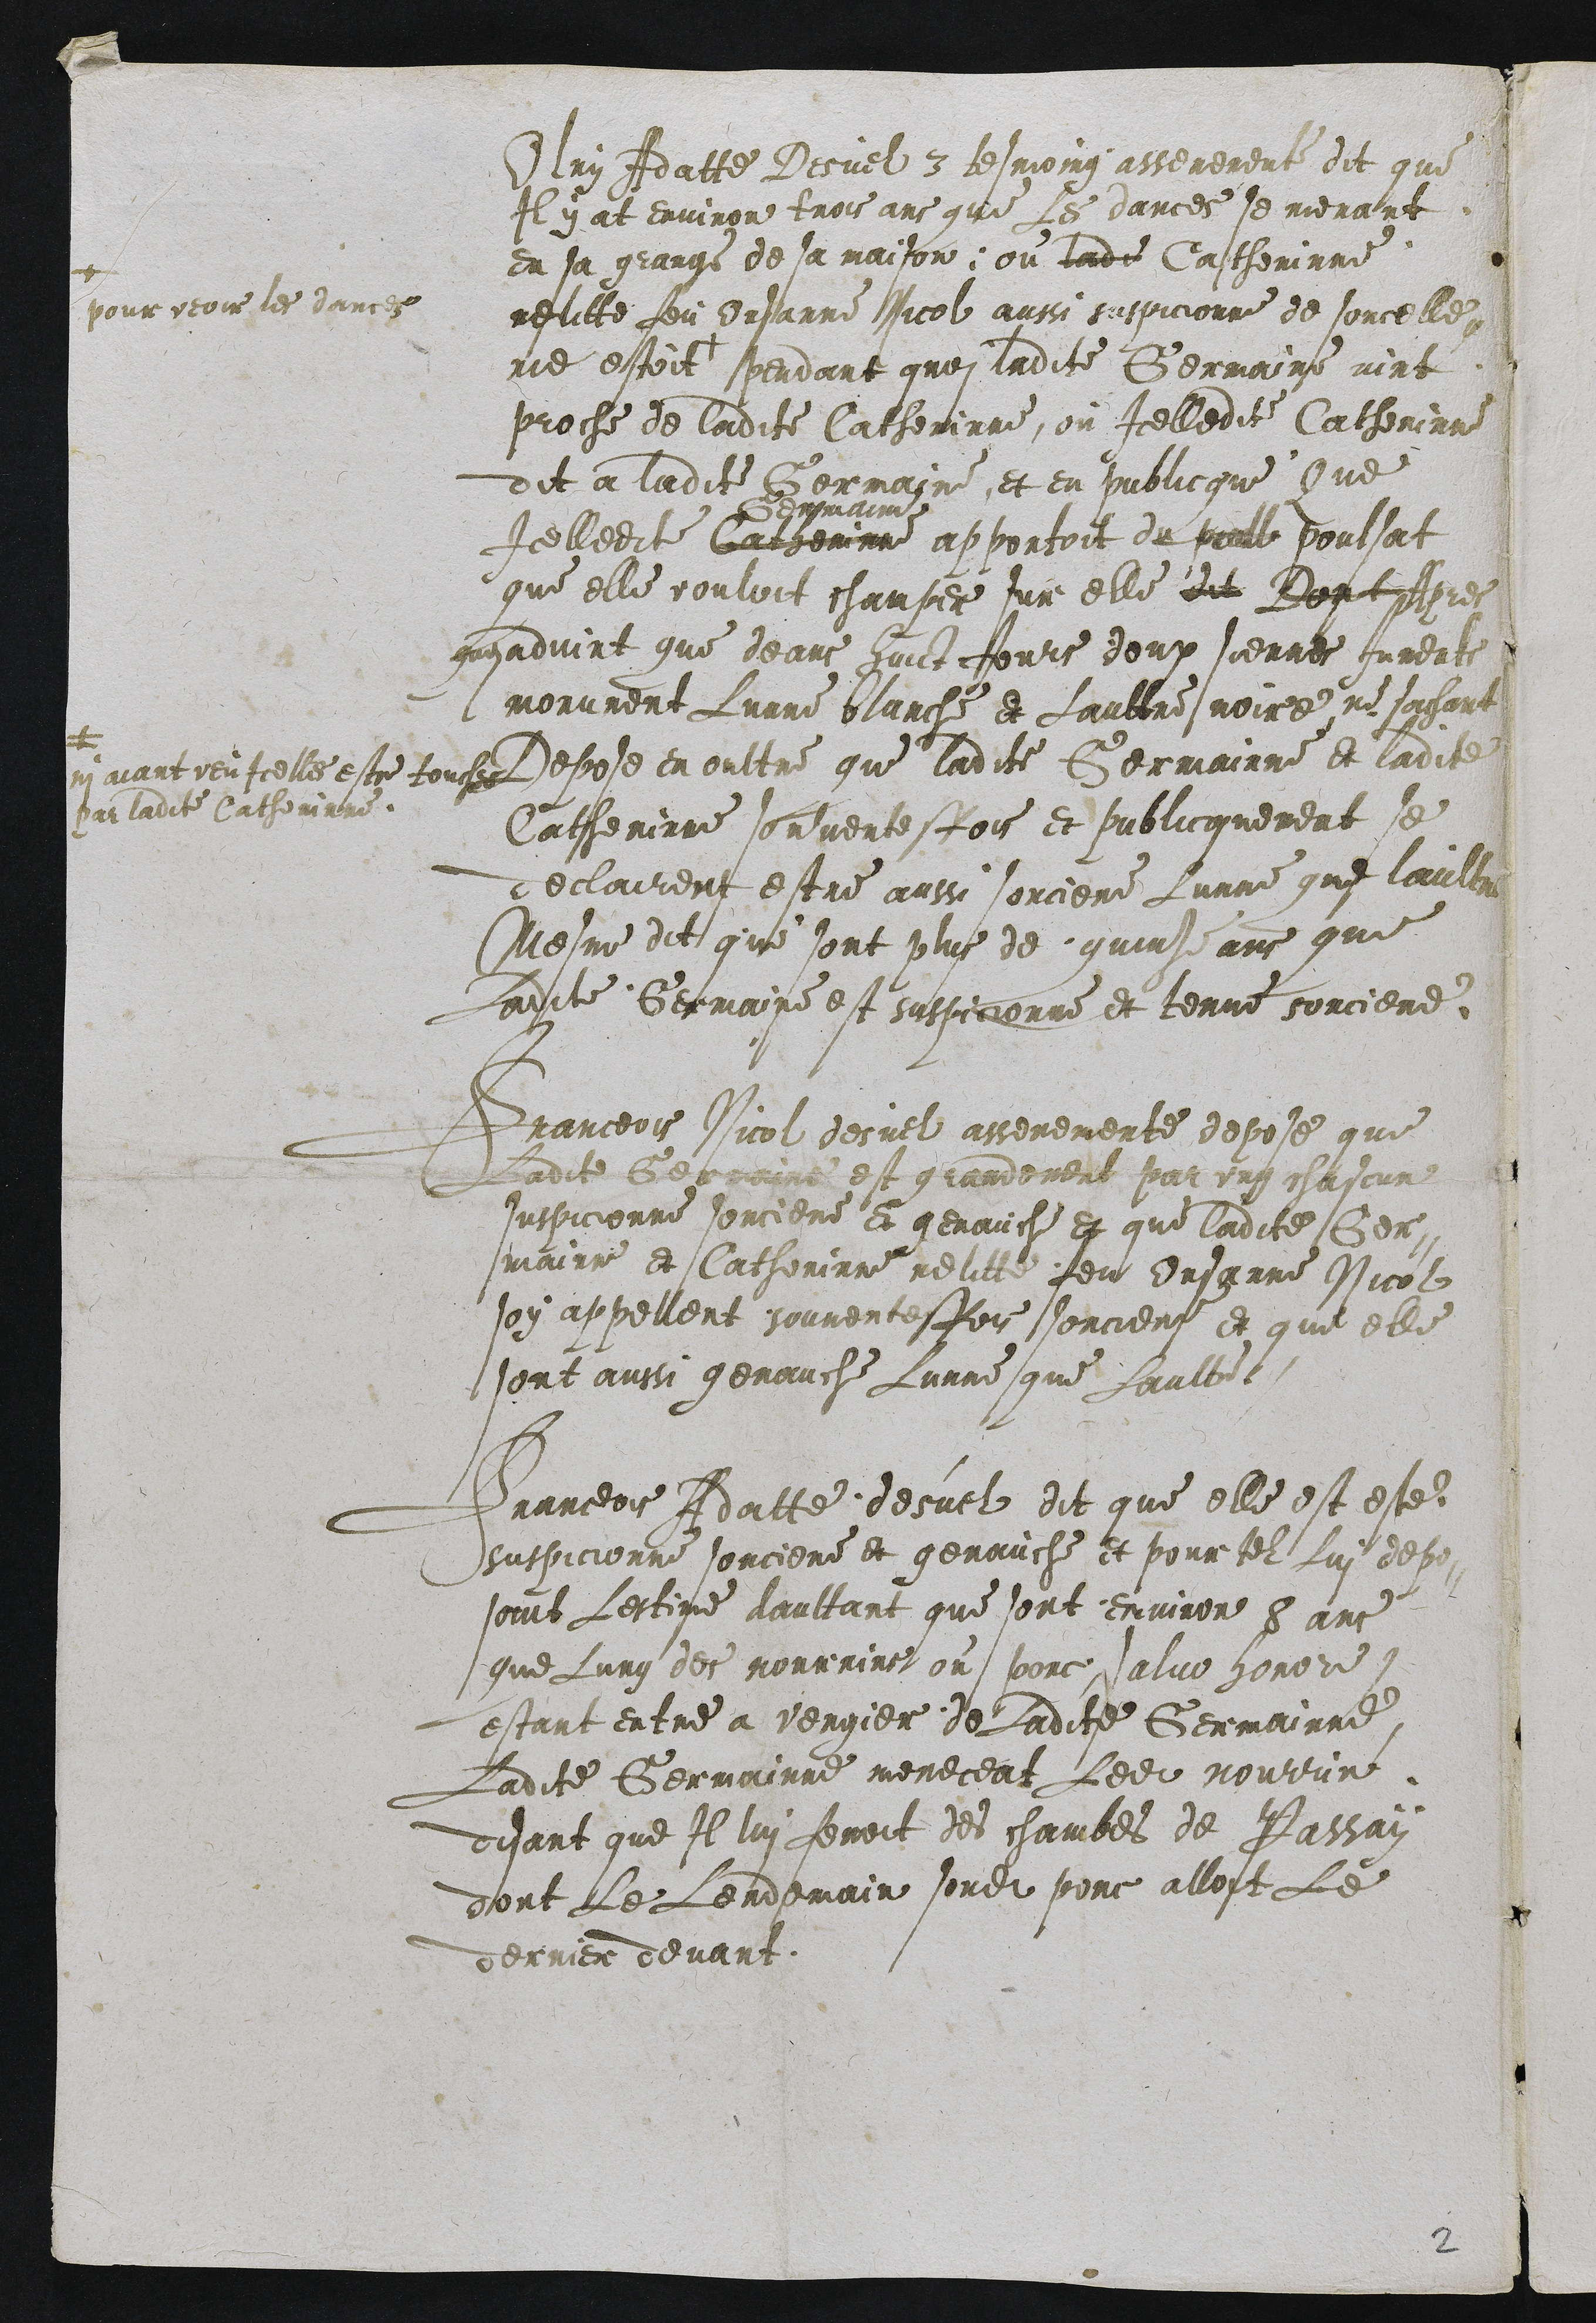
Olry Adatte Desuel 3 tesmoing asserement dit que
Il y at environ trois ans que Les dances se menant
en sa grange de sa maison, ou ladite Catherinne
relitte feu Orsanne Nicol aussi suspicionne de sorcelle
ne estoit
4
pour vcoir les dances
pendant quoi ladite Germaine vint
proche de ladite Catherinne, ou Icelledite Catherinn
dit a ladite Germaine, et en sublicque Que
Icelledite Carseinnne
demmaimen
apportoit du print voulsat
que elle vouloit champer sur elle dit Dontcsies
auyadvint que deans fuict Jours deux siennes Jumente
morurent Lunne blanche et Laultre noir ue sachant
Su aiant veuIcelle estre touches
pur ladite Catherinne
Depose en oultre que ladite Germainne et ladite
Catherinne souvente fois et publicquement se
declairent estre aussi sorciere Lunne que laultre
Mosme dit que sont plus de quinz ans que
Ladite Germaine est suspicionne et tenue sorciere

Granceois Nicol desuel asseremente depose que
Ladite Gecraine est grandement par ung chascun
suspicionne sorciere et genauche et que ladite Ger-
maire et Catherinne relitte feu Onsanne Nicol
soy appellent souventesfois sorciere et que elle
sont aussi genauche Lunne que Laulte

Franceois Adatte desuel dit que elle est este
suspicionne sorciere et genauche et pour tel Lui depo
sonis Lestime daultant que sont environ 8 ans
que Lung des nourrins ou porc, salue horor
estant entre a vergier de Ladite Germainne
Ladite Germainne mereceat Ledit nourun
disant que Il lui fenoit des chambes de Passay
dont Le Lendemain sondit porc alloit Le
derrier devant

2